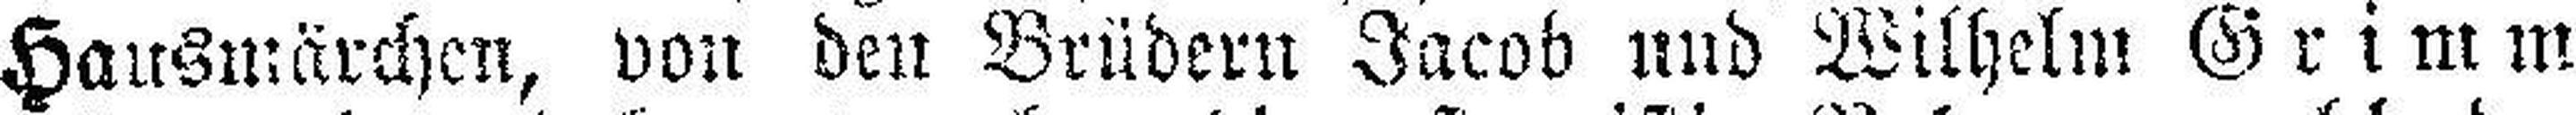
Hausmärchen, von den Brüdern Jacob und Wilhelm Grimm